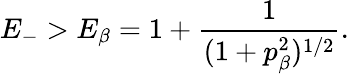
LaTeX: E_{-}>E_{\beta}=1+\frac{1}{(1+p_{\beta}^{2})^{1/2}}.